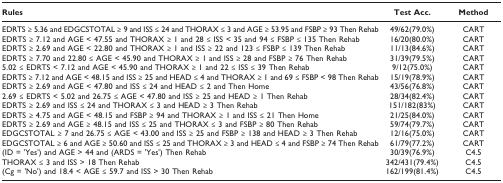
<table><thead><tr><td><b>Rules</b></td><td><b>Test Acc.</b></td><td><b>Method</b></td></tr></thead><tbody><tr><td>EDRTS ≥ 5.36 and EDGCSTOTAL ≥ 9 and ISS ≤ 24 and THORAX ≤ 3 and AGE ≥ 53.95 and FSBP ≥ 93 Then Rehab</td><td>49/62(79.0%)</td><td>CART</td></tr><tr><td>EDRTS ≥ 7.12 and AGE &lt; 47.55 and THORAX ≥ 1 and 28 ≤ ISS &lt; 35 and 94 ≤ FSBP ≤ 135 Then Rehab</td><td>16/20(80.0%)</td><td>CART</td></tr><tr><td>EDRTS ≥ 2.69 and AGE &lt; 22.80 and THORAX ≥ 1 and ISS ≥ 22 and 123 ≤ FSBP ≤ 139 Then Rehab</td><td>11/13(84.6%)</td><td>CART</td></tr><tr><td>EDRTS ≥ 7.70 and 22.80 ≤ AGE &lt; 45.90 and THORAX ≥ 1 and ISS ≥ 28 and FSBP ≥ 76 Then Rehab</td><td>31/39(79.5%)</td><td>CART</td></tr><tr><td>5.02 ≤ EDRTS &lt; 7.12 and AGE &lt; 45.90 and THORAX ≥ 1 and 22 ≤ ISS ≤ 39 Then Rehab</td><td>9/12(75.0%)</td><td>CART</td></tr><tr><td>EDRTS ≥ 7.12 and AGE &lt; 48.15 and ISS ≥ 25 and HEAD ≤ 4 and THORAX ≥ 1 and 69 ≤ FSBP &lt; 98 Then Rehab</td><td>15/19(78.9%)</td><td>CART</td></tr><tr><td>EDRTS ≥ 2.69 and AGE &lt; 47.80 and ISS ≤ 24 and HEAD ≤ 2 and Then Home</td><td>43/56(76.8%)</td><td>CART</td></tr><tr><td>2.69 ≤ EDRTS &lt; 5.02 and 26.75 ≤ AGE &lt; 47.80 and ISS ≥ 25 and HEAD ≥ 1 Then Rehab</td><td>28/34(82.4%)</td><td>CART</td></tr><tr><td>EDRTS ≥ 2.69 and ISS ≤ 24 and THORAX ≤ 3 and HEAD ≥ 3 Then Rehab</td><td>151/182(83%)</td><td>CART</td></tr><tr><td>EDRTS ≥ 4.75 and AGE &lt; 48.15 and FSBP ≥ 94 and THORAX ≥ 1 and ISS ≤ 21 Then Home</td><td>21/25(84.0%)</td><td>CART</td></tr><tr><td>EDRTS ≥ 2.69 and AGE ≥ 48.15 and ISS ≤ 25 and THORAX ≤ 3 and FSBP ≥ 80 Then Rehab</td><td>59/74(79.7%)</td><td>CART</td></tr><tr><td>EDGCSTOTAL ≥ 7 and 26.75 ≤ AGE &lt; 43.00 and ISS ≥ 25 and FSBP ≥ 138 and HEAD ≥ 3 Then Rehab</td><td>12/16(75.0%)</td><td>CART</td></tr><tr><td>EDGCSTOTAL ≥ 6 and AGE ≥ 50.60 and ISS ≤ 25 and THORAX ≥ 3 and HEAD ≤ 4 and FSBP ≥ 74 Then Rehab</td><td>61/79(77.2%)</td><td>CART</td></tr><tr><td>(ID = &#x27;Yes&#x27;) and AGE &gt; 44 and (ARDS = &#x27;Yes&#x27;) Then Rehab</td><td>30/39(76.9%)</td><td>C4.5</td></tr><tr><td>THORAX ≤ 3 and ISS &gt; 18 Then Rehab</td><td>342/431(79.4%)</td><td>C4.5</td></tr><tr><td>(Cg = &#x27;No&#x27;) and 18.4 &lt; AGE ≤ 59.7 and ISS &gt; 30 Then Rehab</td><td>162/199(81.4%)</td><td>C4.5</td></tr></tbody></table>